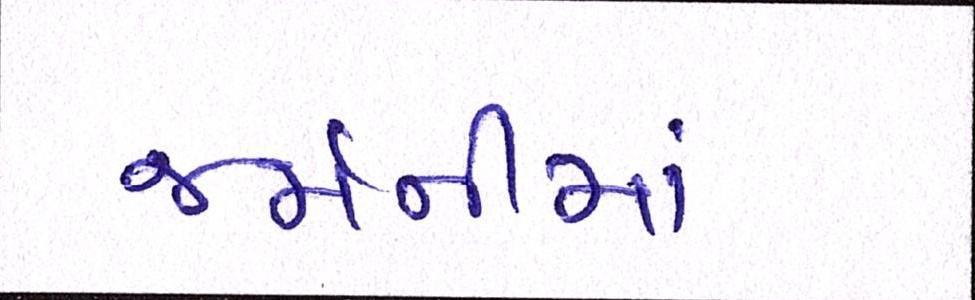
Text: જર્મનીમાં